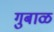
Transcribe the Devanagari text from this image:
गुबाळ